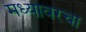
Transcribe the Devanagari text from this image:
मध्यावरचा